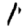
Digit: 1